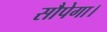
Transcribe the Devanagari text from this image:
सौपेगा।